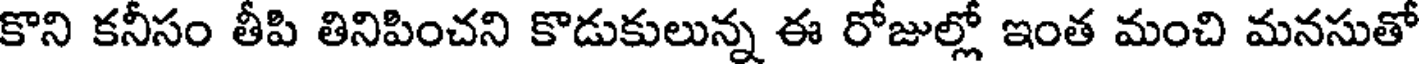
కొని కనీసం తీపి తినిపించని కొడుకులున్న ఈ రోజుల్లో ఇంత మంచి మనసుతో